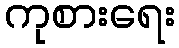
ကုစားရေး